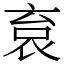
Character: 袬